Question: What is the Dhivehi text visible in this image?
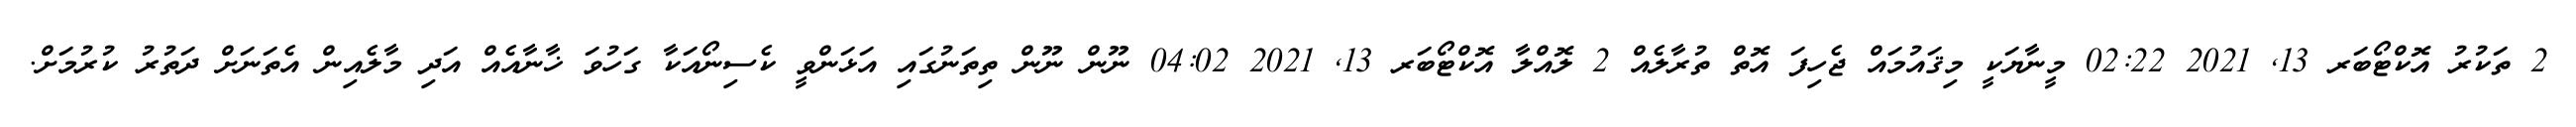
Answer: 2 ތަކުރު އޮކްޓޯބަރ 13, 2021 02:22 މީނާޔަކީ މިޤައުމައް ޖެހިފަ އޮތް ތުރާލެއް 2 ލޮއްލާ އޮކްޓޯބަރ 13, 2021 04:02 ނޫން ނޫން ތިތަނުގައި އަޅަންވީ ކެސިނޯއަކާ ގަހުވަ ޚާނާއެއް އަދި މާލެއިން އެތަނަށް ދަތުރު ކުރުމަށް.